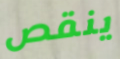
ينقص